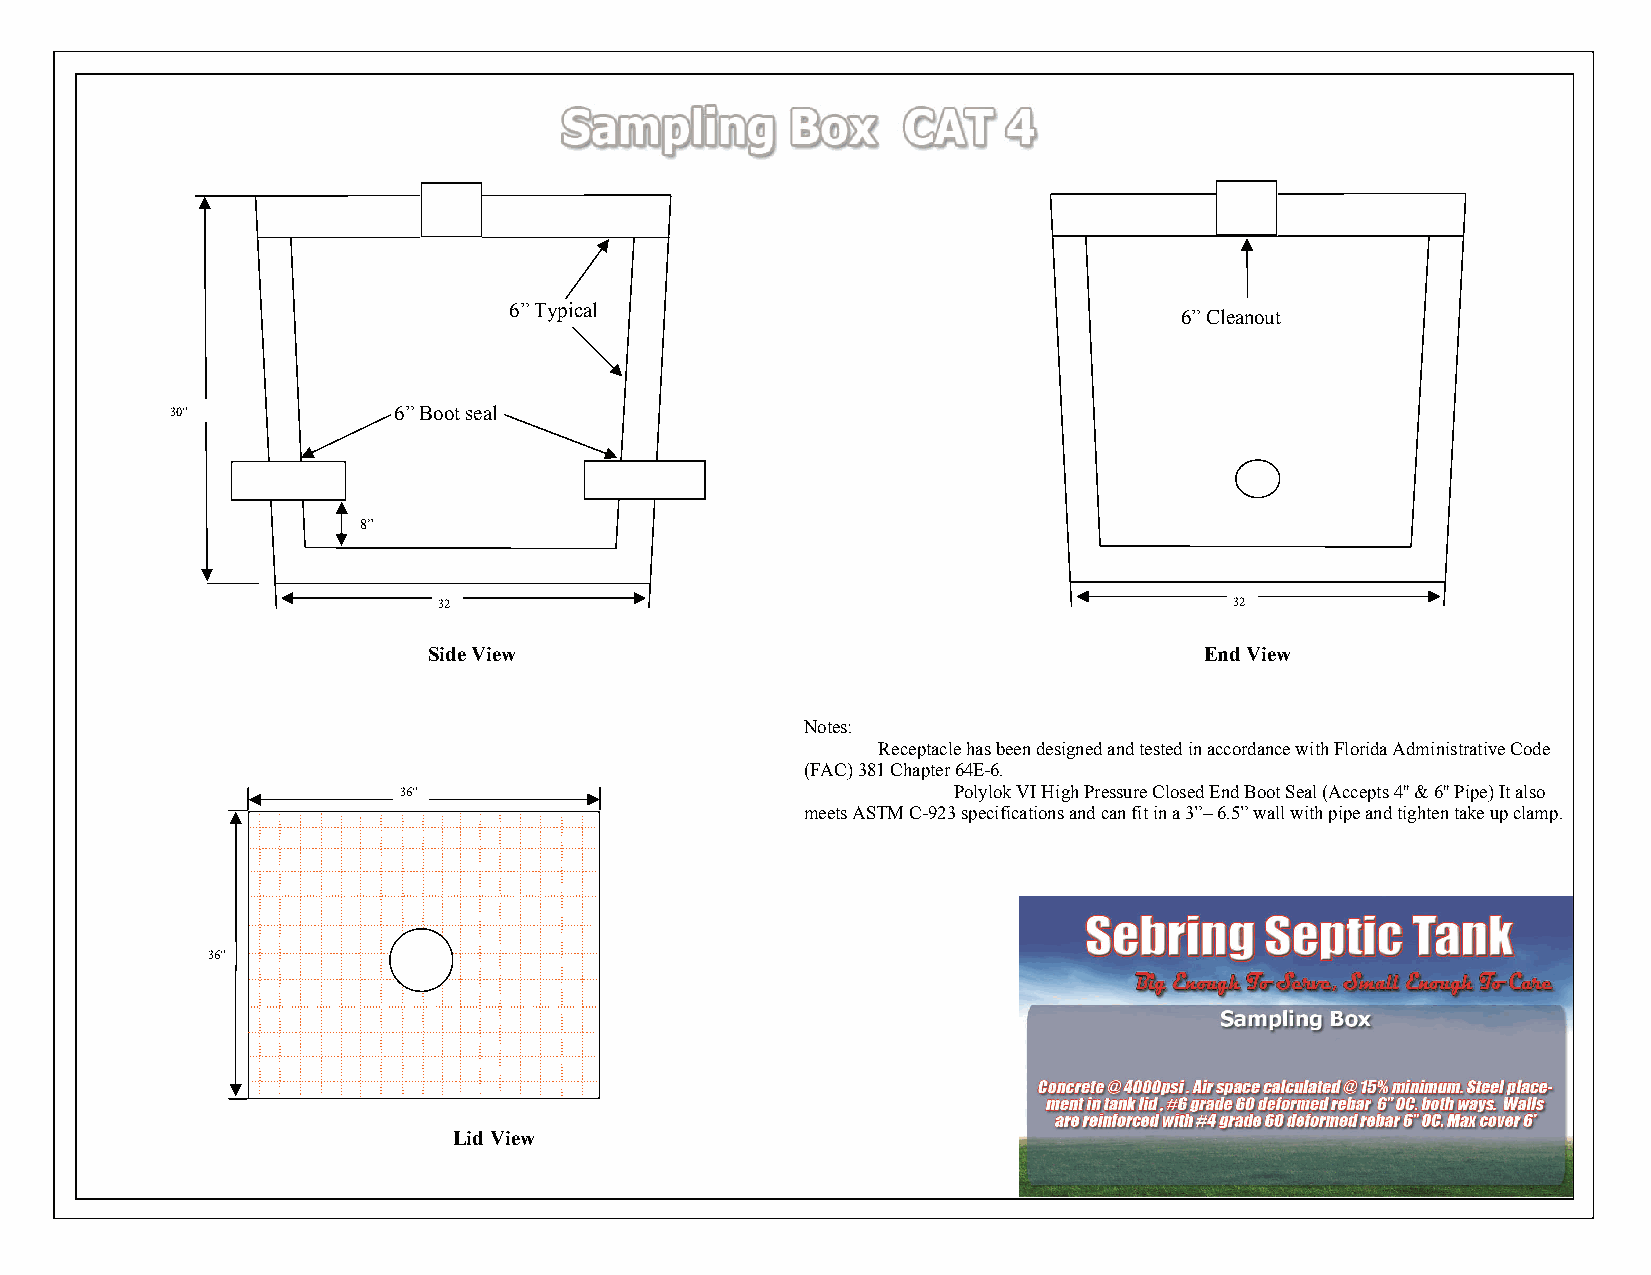
6” Typical                                  6” Cleanout
 30”            6” Boot seal
 8”
 32                                                   32
 Side View                                           End View
 Notes:
 Receptacle has been designed and tested in accordance with Florida Administrative Code
 (FAC) 381 Chapter 64E-6.
 36”                                  Polylok VI High Pressure Closed End Boot Seal (Accepts 4'' & 6'' Pipe) It also
 meets ASTM C-923 specifications and can fit in a 3”– 6.5” wall with pipe and tighten take up clamp.
 36”
 Lid View